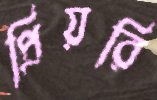
প্রিয়রি